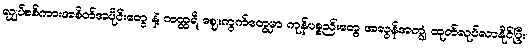
လျှပ်စစ်ကားအစိတ်အပိုင်းတွေ နဲ့ ဘထ္ထရီ ဈေးကွက်တွေမှာ ကုန်ပစ္စည်းတွေ အလွန်အကျွံ ထုတ်လုပ်လာနိုင်ပြီး၊